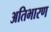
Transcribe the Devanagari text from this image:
अतिभारण